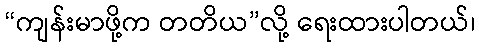
“ကျန်းမာဖို့က တတိယ”လို့ ရေးထားပါတယ်၊